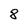
Character: 8